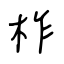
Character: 柞